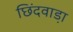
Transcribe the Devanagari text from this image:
छिंदवाडा़